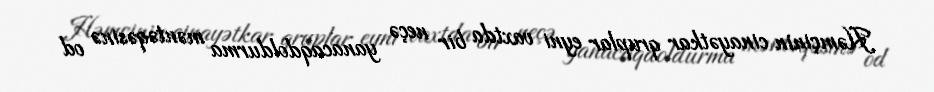
Həmçinin cinayətkar qruplar eyni vaxtda bir neçə yanacaqdoldurma məntəqəsinə od